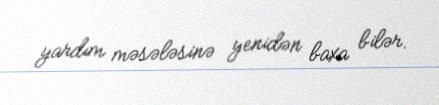
yardım məsələsinə yenidən baxa bilər.